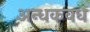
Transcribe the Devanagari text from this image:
अन्धकवध